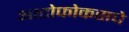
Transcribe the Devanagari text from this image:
आटोफोकसचे